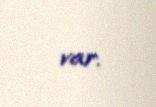
var.